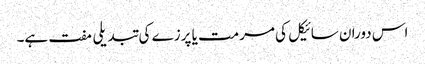
اس دوران سائیکل کی مرمت یا پرزے کی تبدیلی مفت ہے۔